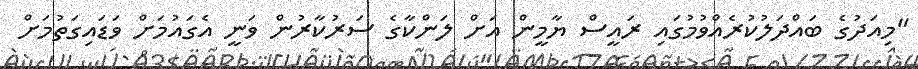
"މިއަދުގެ ބައްދަލުކުރެއްވުމުގައި ރައީސް ޔާމީން އަށް ލަންކާގެ ސަރުކާރުން ވަނީ އެގައުމަށް ވަޑައިގަތުމަށް